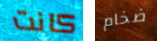
كانت ضخام